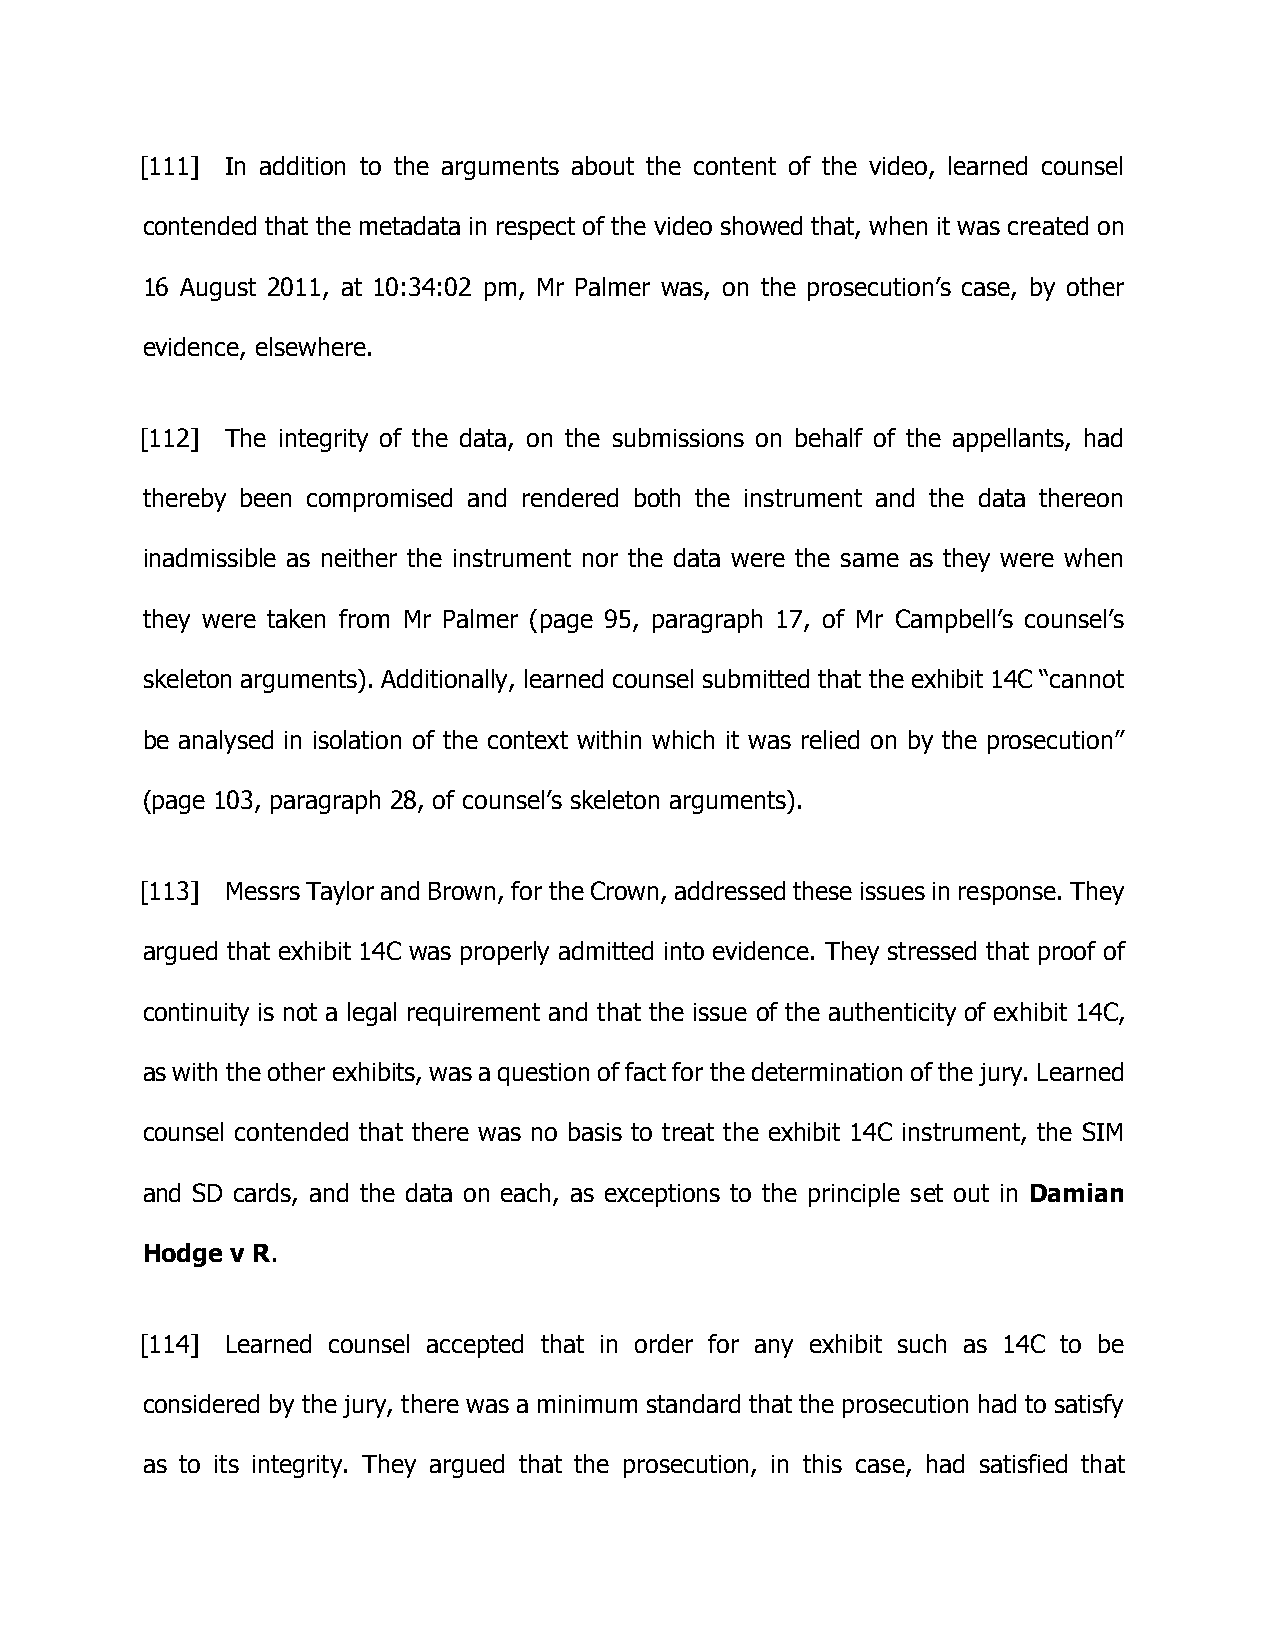
[111] In addition to the arguments about the content of the video, learned counsel
 contended that the metadata in respect of the video showed that, when it was created on
 16 August 2011, at 10:34:02 pm, Mr Palmer was, on the prosecution’s case, by other
 evidence, elsewhere.
 [112] The integrity of the data, on the submissions on behalf of the appellants, had
 thereby been compromised and rendered both the instrument and the data thereon
 inadmissible as neither the instrument nor the data were the same as they were when
 they were taken from Mr Palmer (page 95, paragraph 17, of Mr Campbell’s counsel’s
 skeleton arguments). Additionally, learned counsel submitted that the exhibit 14C “cannot
 be analysed in isolation of the context within which it was relied on by the prosecution”
 (page 103, paragraph 28, of counsel’s skeleton arguments).
 [113] Messrs Taylor and Brown, for the Crown, addressed these issues in response. They
 argued that exhibit 14C was properly admitted into evidence. They stressed that proof of
 continuity is not a legal requirement and that the issue of the authenticity of exhibit 14C,
 as with the other exhibits, was a question of fact for the determination of the jury. Learned
 counsel contended that there was no basis to treat the exhibit 14C instrument, the SIM
 and SD cards, and the data on each, as exceptions to the principle set out in Damian
 Hodge v R.
 [114] Learned counsel accepted that in order for any exhibit such as 14C to be
 considered by the jury, there was a minimum standard that the prosecution had to satisfy
 as to its integrity. They argued that the prosecution, in this case, had satisfied that